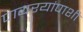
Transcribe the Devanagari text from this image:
पायऱ्यांपाशी